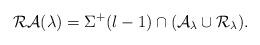
LaTeX: \begin{align*}\mathcal{RA}(\lambda)= \Sigma^+(l-1)\cap (\mathcal A_\lambda\cup \mathcal R_\lambda).\end{align*}